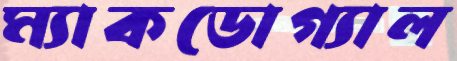
ম্যাকডোগ্যাল